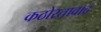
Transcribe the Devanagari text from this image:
कठोरतावाद